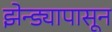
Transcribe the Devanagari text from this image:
झेन्ड्यापासून